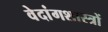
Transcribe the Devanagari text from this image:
वेदांगशास्त्रों